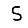
Digit: 5